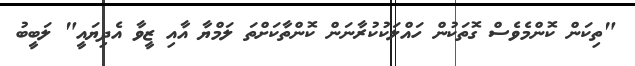
"ތިކަން ކޮންމެވެސް ގޮތަކުން ހައްލަކުކުރާނަން ކޮންތާކަށްތަ ލަމްޔާ އާއި ޒީވާ އެދިޔައީ" ލަބީބު